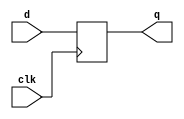
module pipo(clk,d,q);
input clk;
input [3:0]d;
output reg [3:0]q;
always@(posedge clk)
begin
	q[3]<=d[3];
	q[2]<=d[2];
	q[1]<=d[1];
	q[0]<=d[0];
end
endmodule